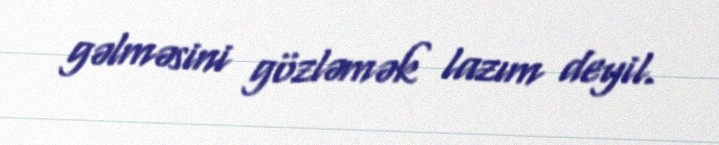
gəlməsini gözləmək lazım deyil.